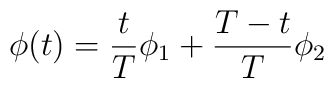
\phi(t)=\frac{t}{T}\phi_1 +\frac{T-t}{T}\phi_2